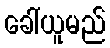
ခေါ်ယူမည်